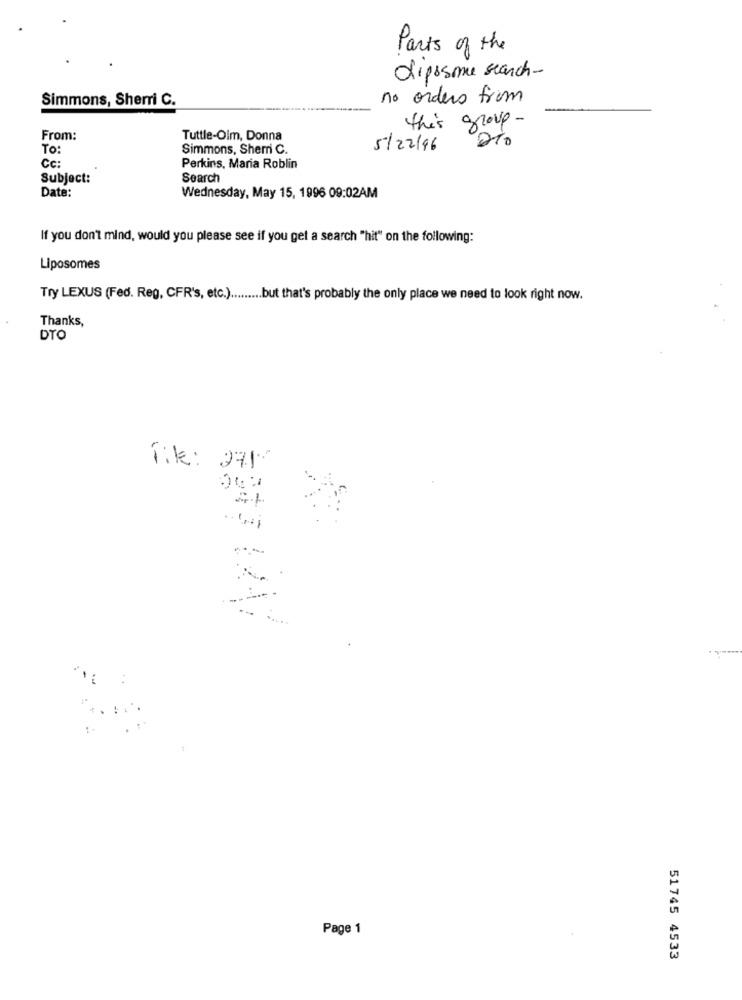
Parts of the
diposme search-
Simmons, Sherri C.
no orders from
this group-
From:
Tuttle-Oim, Donna
210
TO
Simmons, Shemi C.
5/22/96
Cc:
Perkins, Maria Roblin
Subject:
Search
Date:
Wednesday, May 15, 1996 09:02AM
If you don't mind, would you please see if you get a search "hit" on the following:
Liposomes
Try LEXUS (Fed. Reg, CFR's, etc.) ......... but that's probably the only place we need to look right now.
Thanks,
DTO
Tik: 2717
Page 1
51745 4533